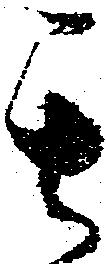
其